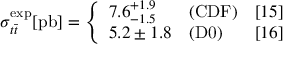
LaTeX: \sigma _ { t \bar { t } } ^ { \mathrm { e x p } } [ \mathrm { p b } ] = \left\{ \begin{array} { l l l } { { 7 . 6 _ { - 1 . 5 } ^ { + 1 . 9 } } } & { { \mathrm { ( C D F ) } } } & { { [ 1 5 ] } } \\ { { 5 . 2 \pm 1 . 8 } } & { { \mathrm { ( D 0 ) } } } & { { [ 1 6 ] } } \end{array} \right.